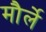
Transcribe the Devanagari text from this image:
मौर्ले